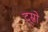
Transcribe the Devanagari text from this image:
दूस्रो